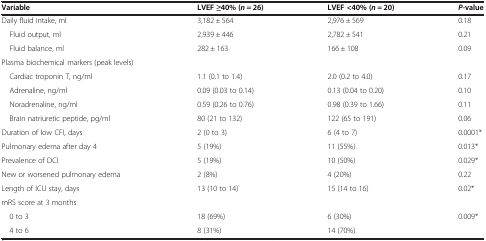
| Variable | LVEF ≥40% (n = 26) | LVEF <40% (n = 20) | P-value |
 | --- | --- | --- | --- |
 | Daily fluid intake, ml | 3,182 ± 564 | 2,976 ± 569 | 0.18 |
 | Fluid output, ml | 2,939 ± 446 | 2,782 ± 541 | 0.21 |
 | Fluid balance, ml | 282 ± 163 | 166 ± 108 | 0.09 |
 | Plasma biochemical markers (peak levels) |  |  |  |
 | Cardiac troponin T, ng/ml | 1.1 (0.1 to 1.4) | 2.0 (0.2 to 4.0) | 0.17 |
 | Adrenaline, ng/ml | 0.09 (0.03 to 0.14) | 0.13 (0.04 to 0.20) | 0.10 |
 | Noradrenaline, ng/ml | 0.59 (0.26 to 0.76) | 0.98 (0.39 to 1.66) | 0.11 |
 | Brain natriuretic peptide, pg/ml | 80 (21 to 132) | 122 (65 to 191) | 0.06 |
 | Duration of low CFI, days | 2 (0 to 3) | 6 (4 to 7) | 0.0001* |
 | Pulmonary edema after day 4 | 5 (19%) | 11 (55%) | 0.013* |
 | Prevalence of DCI | 5 (19%) | 10 (50%) | 0.029* |
 | New or worsened pulmonary edema | 2 (8%) | 4 (20%) | 0.22 |
 | Length of ICU stay, days | 13 (10 to 14) | 15 (14 to 16) | 0.02* |
 | mRS score at 3 months |  |  |  |
 | 0 to 3 | 18 (69%) | 6 (30%) | 0.009* |
 | 4 to 6 | 8 (31%) | 14 (70%) |  |